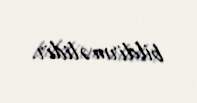
bildirməlidir.